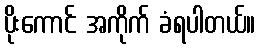
ပိုးကောင် အကိုက် ခံရပါတယ်။